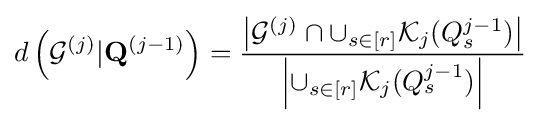
d\left({\mathcal {G}}^{(j)}\vert \mathbf {Q} ^{(j-1)}\right)={\frac {\left|{\mathcal {G}}^{(j)}\cap \cup _{s\in [r]}{\mathcal {K}}_{j}(Q_{s}^{j-1})\right|}{\left|\cup _{s\in [r]}{\mathcal {K}}_{j}(Q_{s}^{j-1})\right|}}